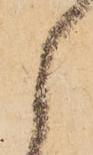
之